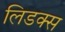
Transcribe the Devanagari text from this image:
लिडक्स